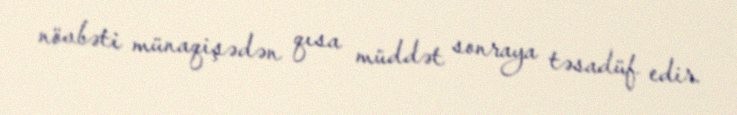
növbəti münaqişədən qısa müddət sonraya təsadüf edir.